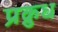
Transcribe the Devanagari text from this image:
प्रक्रुध